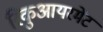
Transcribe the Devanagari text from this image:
रिकुआयरमेंट